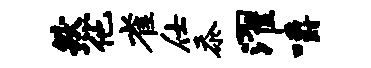
然他雀仕忝濯嚼